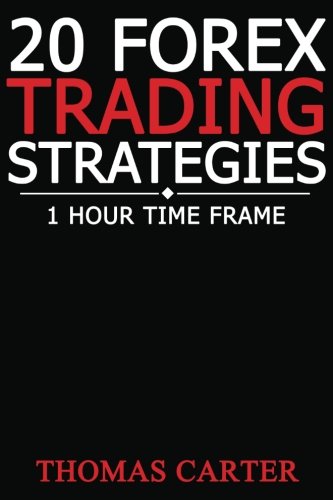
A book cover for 20 Forex Trading Strategies (1 Hour Time Frame); Thomas Carter; Business & Money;